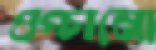
ওপ্‌চানো